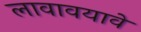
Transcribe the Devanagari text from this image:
लावावयावे